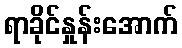
ရာခိုင်နှုန်းအောက်